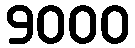
9000